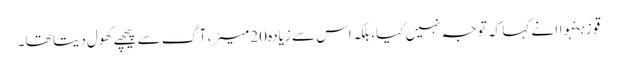
قو زہنہواا نے کہا کہ توجہ نہیں کیا، بلکہ اس سے زیادہ 20 میٹر، آگ سے پیچھے کھول دیتا تھا ۔